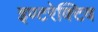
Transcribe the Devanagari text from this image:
इण्टरेक्टिव